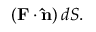
( \mathbf { F } \cdot \mathbf { \hat { n } } ) \, d S .